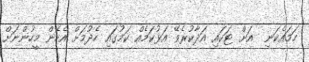
ހަމައެކަނި  އަށް ޓަކައި އަދާކުރެވޭ އަޅުކަމެއް ކަމުގައި ހެދުމަށް އެހެން މީހުންނަށް